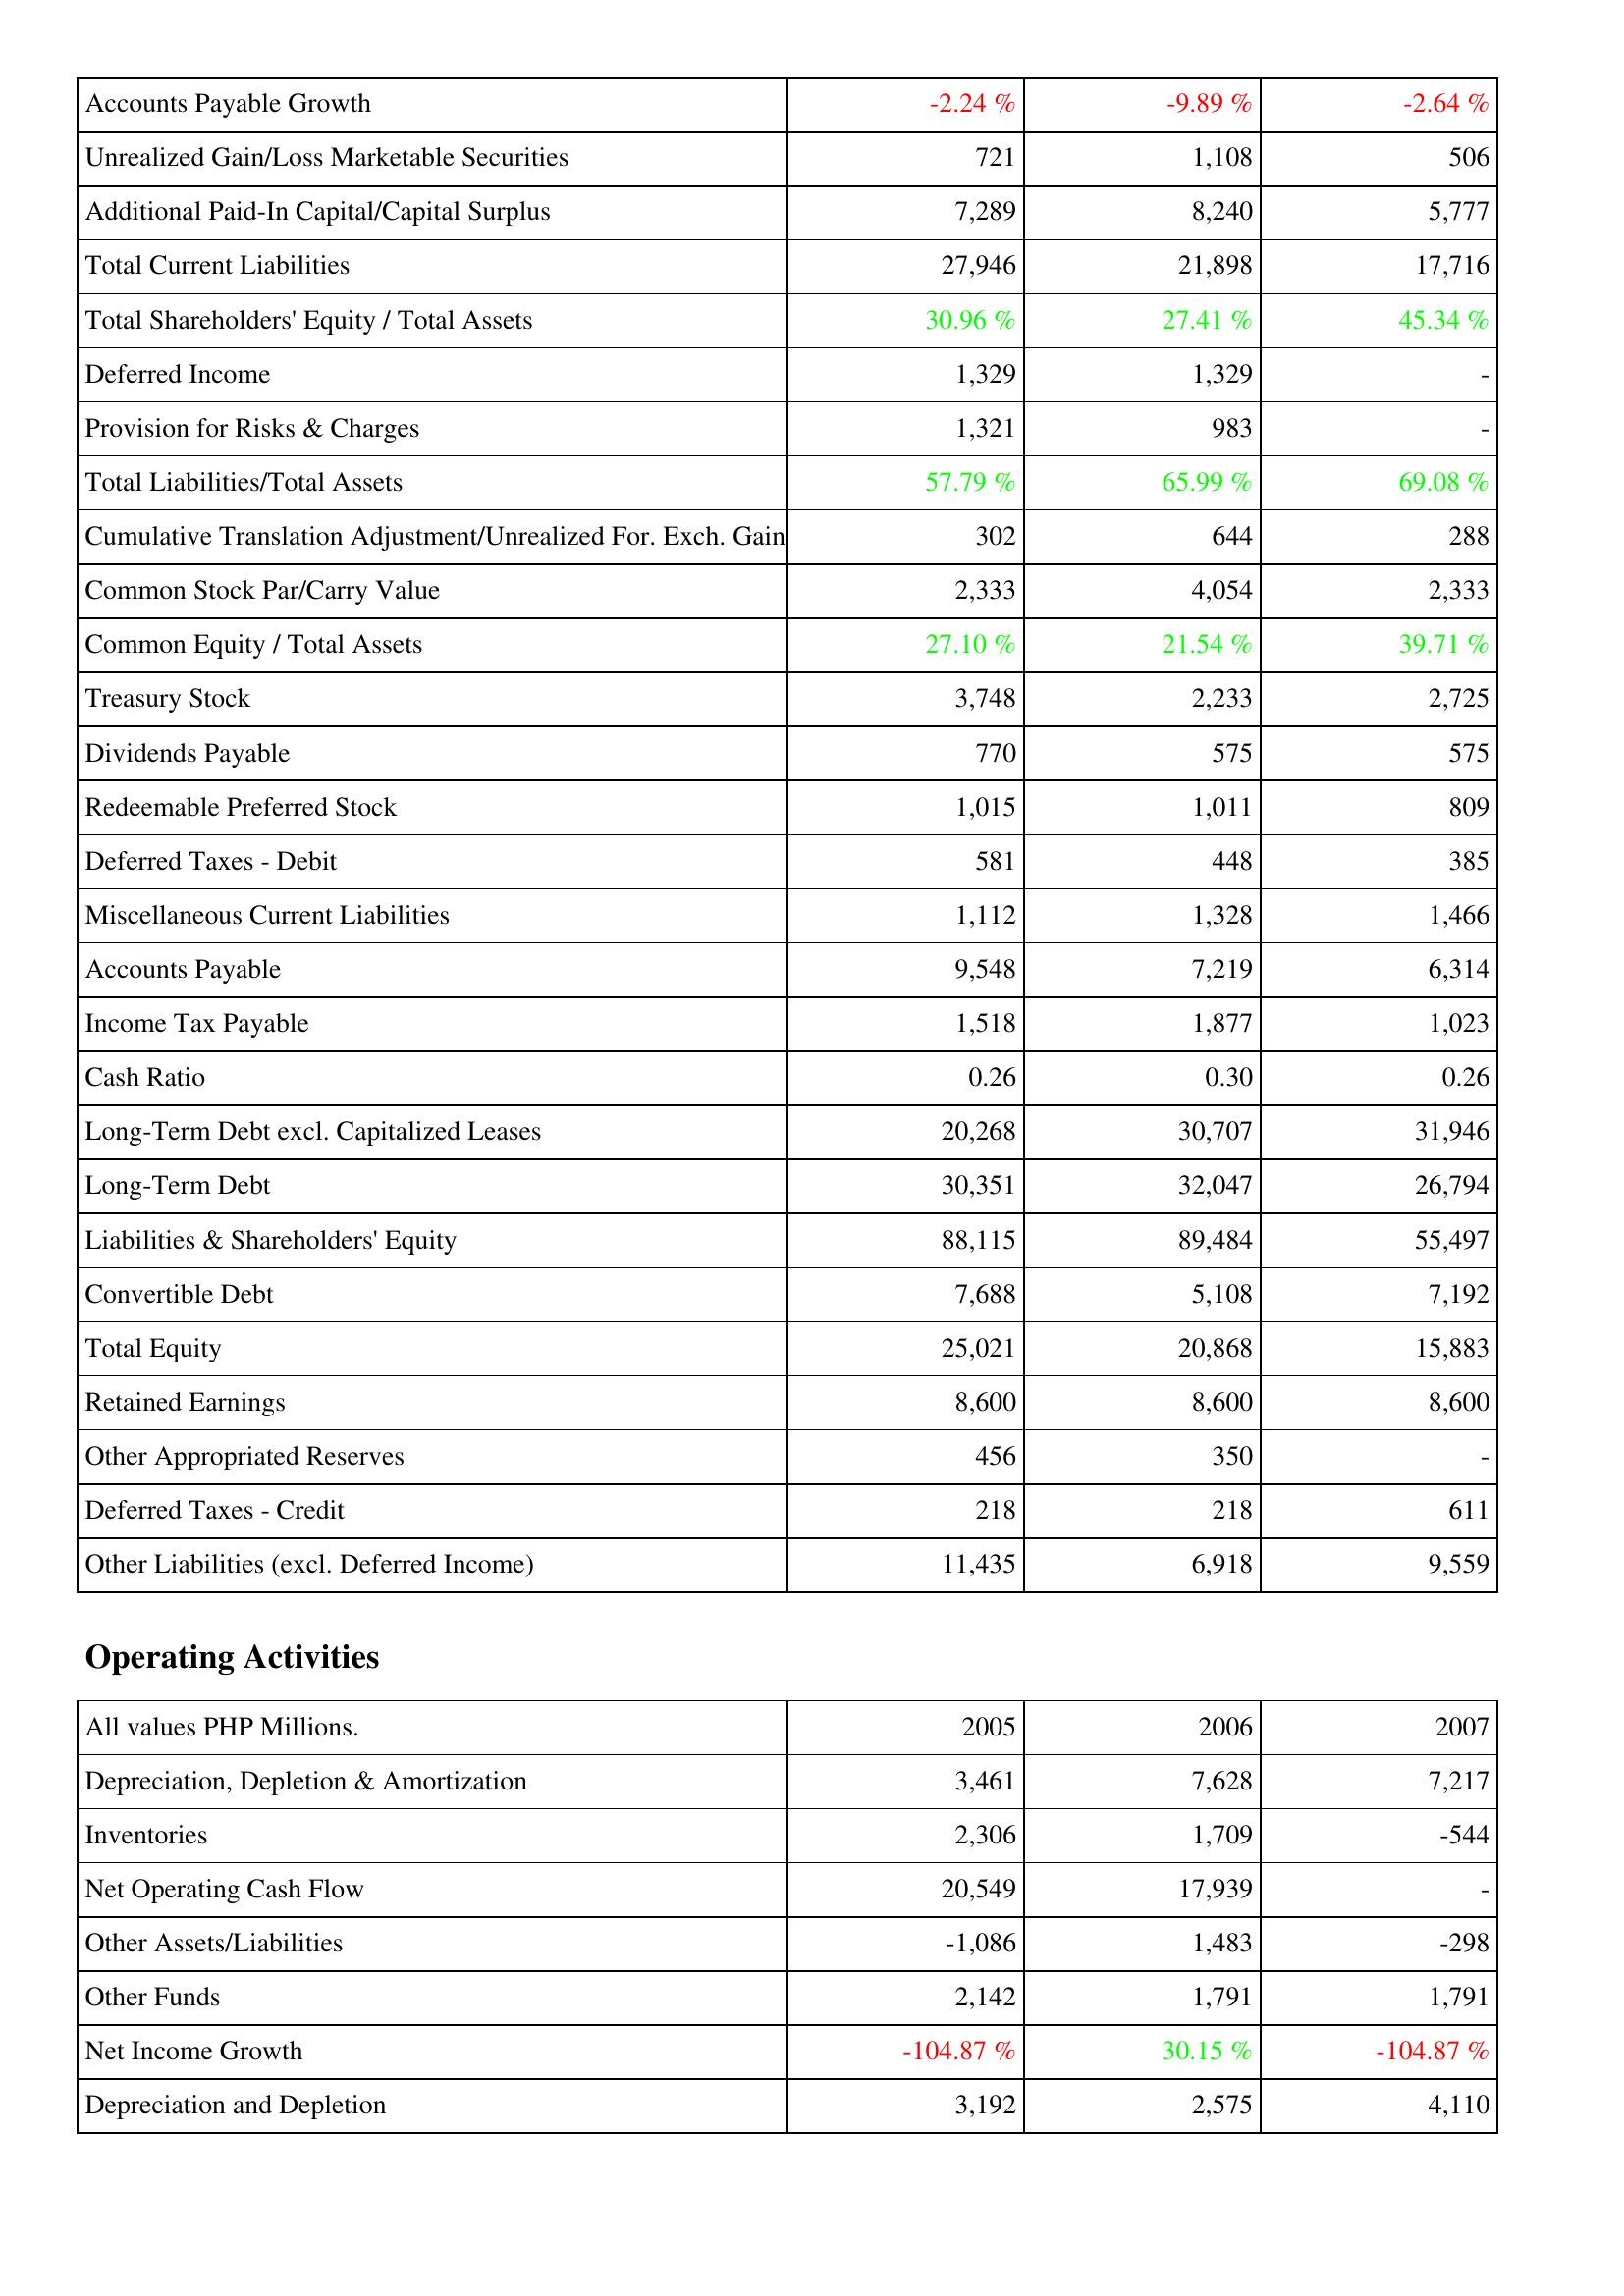
2005: Liabilities & Shareholders' Equity: Accounts Payable Growth: -2.24 %
Unrealized Gain/Loss Marketable Securities: 721
Additional Paid-In Capital/Capital Surplus: 7,289
Total Current Liabilities: 27,946
Total Shareholders' Equity / Total Assets: 30.96 %
Deferred Income: 1,329
Provision for Risks & Charges: 1,321
Total Liabilities/Total Assets: 57.79 %
Cumulative Translation Adjustment/Unrealized For. Exch. Gain: 302
Common Stock Par/Carry Value: 2,333
Common Equity / Total Assets: 27.10 %
Treasury Stock: 3,748
Dividends Payable: 770
Redeemable Preferred Stock: 1,015
Deferred Taxes - Debit: 581
Miscellaneous Current Liabilities: 1,112
Accounts Payable: 9,548
Income Tax Payable: 1,518
Cash Ratio: 0.26
Long-Term Debt excl. Capitalized Leases: 20,268
Long-Term Debt: 30,351
Liabilities & Shareholders' Equity: 88,115
Convertible Debt: 7,688
Total Equity: 25,021
Retained Earnings: 8,600
Other Appropriated Reserves: 456
Deferred Taxes - Credit: 218
Other Liabilities (excl. Deferred Income): 11,435
Operating Activities: Depreciation, Depletion & Amortization: 3,461
Inventories: 2,306
Net Operating Cash Flow: 20,549
Other Assets/Liabilities: -1,086
Other Funds: 2,142
Net Income Growth: -104.87 %
Depreciation and Depletion: 3,192
2006: Liabilities & Shareholders' Equity: Accounts Payable Growth: -9.89 %
Unrealized Gain/Loss Marketable Securities: 1,108
Additional Paid-In Capital/Capital Surplus: 8,240
Total Current Liabilities: 21,898
Total Shareholders' Equity / Total Assets: 27.41 %
Deferred Income: 1,329
Provision for Risks & Charges: 983
Total Liabilities/Total Assets: 65.99 %
Cumulative Translation Adjustment/Unrealized For. Exch. Gain: 644
Common Stock Par/Carry Value: 4,054
Common Equity / Total Assets: 21.54 %
Treasury Stock: 2,233
Dividends Payable: 575
Redeemable Preferred Stock: 1,011
Deferred Taxes - Debit: 448
Miscellaneous Current Liabilities: 1,328
Accounts Payable: 7,219
Income Tax Payable: 1,877
Cash Ratio: 0.30
Long-Term Debt excl. Capitalized Leases: 30,707
Long-Term Debt: 32,047
Liabilities & Shareholders' Equity: 89,484
Convertible Debt: 5,108
Total Equity: 20,868
Retained Earnings: 8,600
Other Appropriated Reserves: 350
Deferred Taxes - Credit: 218
Other Liabilities (excl. Deferred Income): 6,918
Operating Activities: Depreciation, Depletion & Amortization: 7,628
Inventories: 1,709
Net Operating Cash Flow: 17,939
Other Assets/Liabilities: 1,483
Other Funds: 1,791
Net Income Growth: 30.15 %
Depreciation and Depletion: 2,575
2007: Liabilities & Shareholders' Equity: Accounts Payable Growth: -2.64 %
Unrealized Gain/Loss Marketable Securities: 506
Additional Paid-In Capital/Capital Surplus: 5,777
Total Current Liabilities: 17,716
Total Shareholders' Equity / Total Assets: 45.34 %
Deferred Income: -
Provision for Risks & Charges: -
Total Liabilities/Total Assets: 69.08 %
Cumulative Translation Adjustment/Unrealized For. Exch. Gain: 288
Common Stock Par/Carry Value: 2,333
Common Equity / Total Assets: 39.71 %
Treasury Stock: 2,725
Dividends Payable: 575
Redeemable Preferred Stock: 809
Deferred Taxes - Debit: 385
Miscellaneous Current Liabilities: 1,466
Accounts Payable: 6,314
Income Tax Payable: 1,023
Cash Ratio: 0.26
Long-Term Debt excl. Capitalized Leases: 31,946
Long-Term Debt: 26,794
Liabilities & Shareholders' Equity: 55,497
Convertible Debt: 7,192
Total Equity: 15,883
Retained Earnings: 8,600
Other Appropriated Reserves: -
Deferred Taxes - Credit: 611
Other Liabilities (excl. Deferred Income): 9,559
Operating Activities: Depreciation, Depletion & Amortization: 7,217
Inventories: -544
Net Operating Cash Flow: -
Other Assets/Liabilities: -298
Other Funds: 1,791
Net Income Growth: -104.87 %
Depreciation and Depletion: 4,110